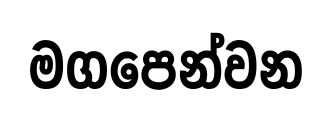
මගපෙන්වන